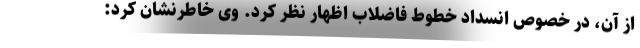
از آن، در خصوص انسداد خطوط فاضلاب اظهار نظر کرد. وی خاطرنشان کرد: